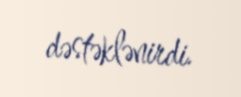
dəstəklənirdi.